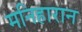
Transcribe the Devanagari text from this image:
मनिहारान